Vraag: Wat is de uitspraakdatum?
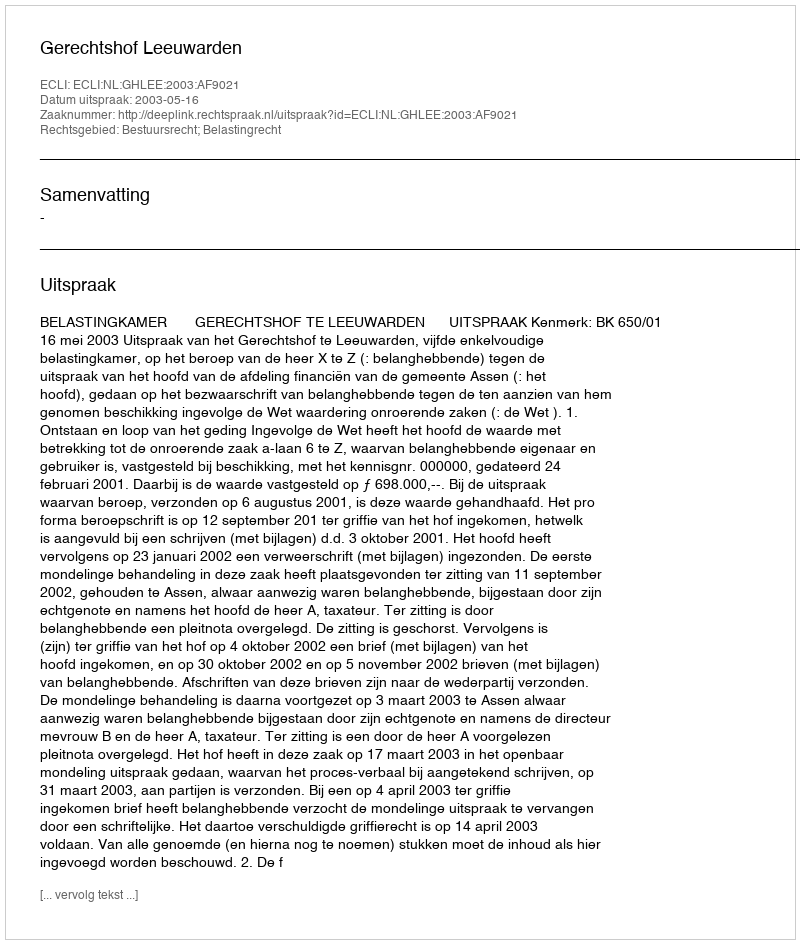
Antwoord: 2003-05-16